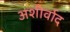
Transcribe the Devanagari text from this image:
अशीर्वाद